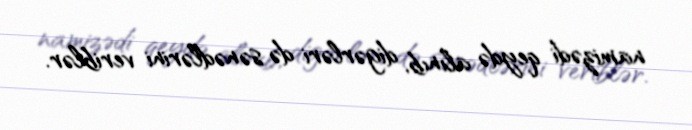
namizədi qeydə alınıb, digərləri də sənədlərini veriblər.